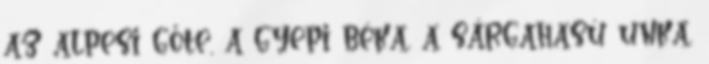
az alpesi gőte, a gyepi béka, a sárgahasú unka,